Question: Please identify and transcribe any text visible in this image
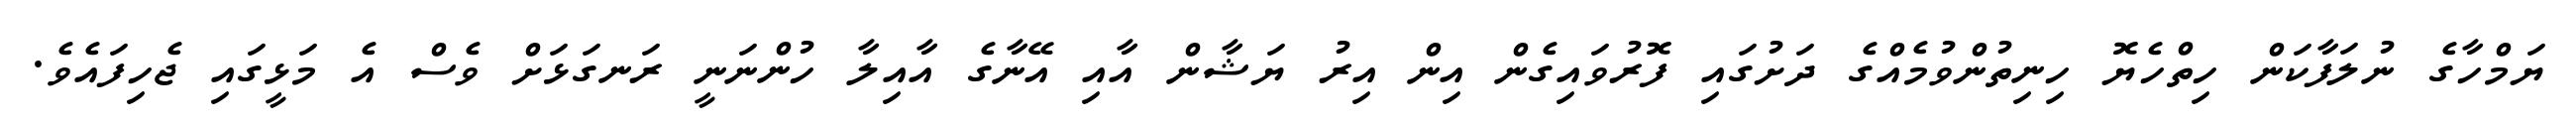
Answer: ޔަމްހާގެ ނުލަފާކަން ހިތްހެޔޮ ހިނިތުންވުމެއްގެ ދަށުގައި ފޮރުވައިގެން އިން އިރު ޔަޝާން އާއި އޭނާގެ އާއިލާ ހުންނަނީ ރަނގަޅަށް ވެސް އެ މަޅީގައި ޖެހިފައެވެ.